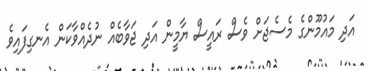
އަދި މައުމޫންގެ މެސެޖަށް ވެސް ރައީސް ޔާމީން އަދި ޖަވާބެއް ނުދެއްވާކަން އެނގިފައިވެ